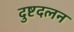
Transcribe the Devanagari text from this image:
दुष्टदलन